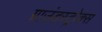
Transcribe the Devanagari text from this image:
ग्राउंडस्ट्रोक्स